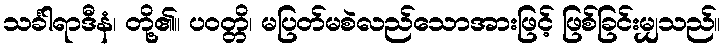
သင်္ခါရာဒီနံ၊ တို့၏။ ပဝတ္တိ၊ မပြတ်မစဲလည်သောအားဖြင့် ဖြစ်ခြင်းမျှသည်။